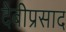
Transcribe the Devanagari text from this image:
देबीप्रसाद